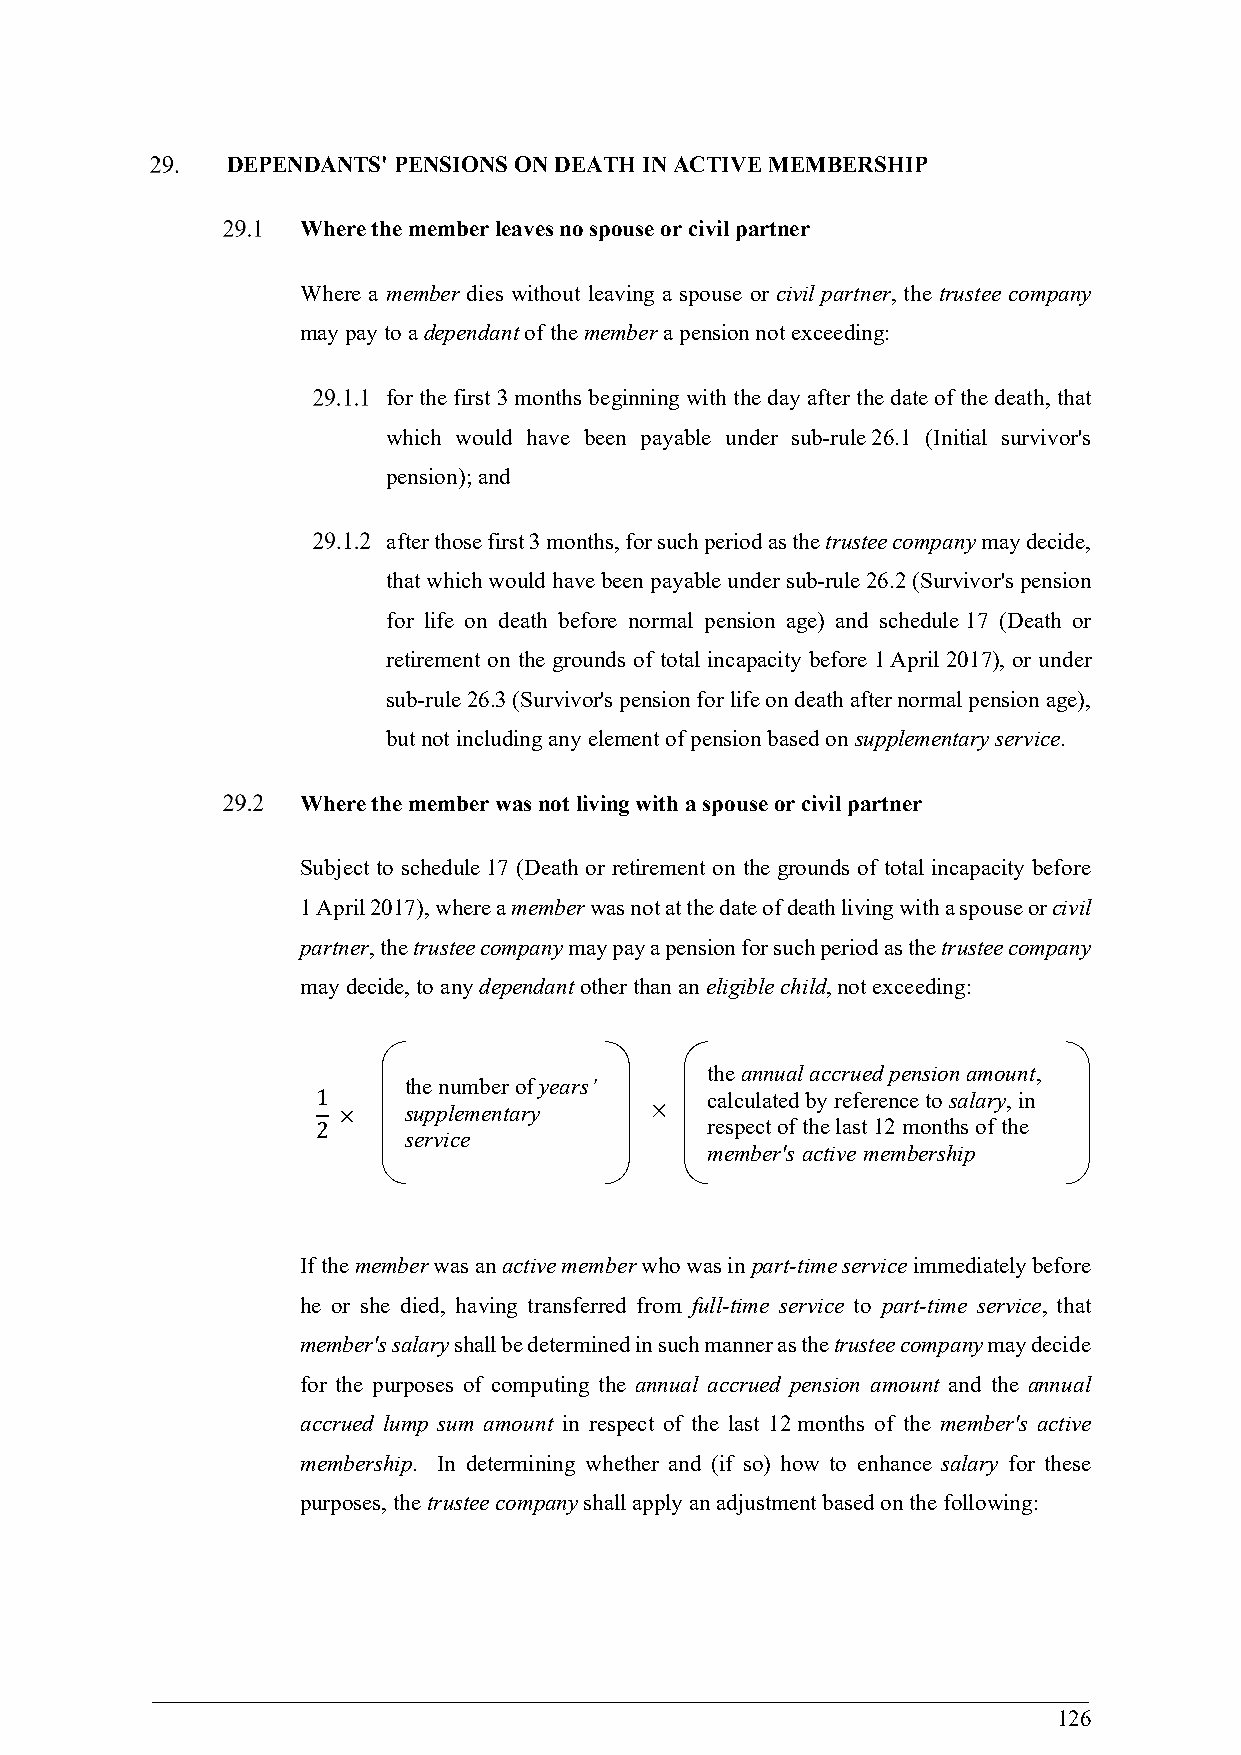
DEPENDANTS' PENSIONS ON DEATH IN ACTIVE MEMBERSHIP
 Where the member leaves no spouse or civil partner
 Where a member dies without leaving a spouse or civil partner, the trustee company
 may pay to a dependant of the member a pension not exceeding:
 for the first 3 months beginning with the day after the date of the death, that
 which would have been payable under sub-rule 26.1 (Initial survivor's
 pension); and
 after those first 3 months, for such period as the trustee company may decide,
 that which would have been payable under sub-rule 26.2 (Survivor's pension
 for life on death before normal pension age) and schedule 17 (Death or
 retirement on the grounds of total incapacity before 1 April 2017), or under
 sub-rule 26.3 (Survivor's pension for life on death after normal pension age),
 but not including any element of pension based on supplementary service.
 Where the member was not living with a spouse or civil partner
 Subject to schedule 17 (Death or retirement on the grounds of total incapacity before
 1 April 2017), where a member was not at the date of death living with a spouse or civil
 partner, the trustee company may pay a pension for such period as the trustee company
 may decide, to any dependant other than an eligible child, not exceeding:
 the annual accrued pension amount,
 the number of years’
 1                         calculated by reference to salary, in
 ×    supplementary   
 2                         respect of the last 12 months of the
 service
 member's active membership
 If the member was an active member who was in part-time service immediately before
 he or she died, having transferred from full-time service to part-time service, that
 member's salary shall be determined in such manner as the trustee company may decide
 for the purposes of computing the annual accrued pension amount and the annual
 accrued lump sum amount in respect of the last 12 months of the member's active
 membership. In determining whether and (if so) how to enhance salary for these
 purposes, the trustee company shall apply an adjustment based on the following:
 126